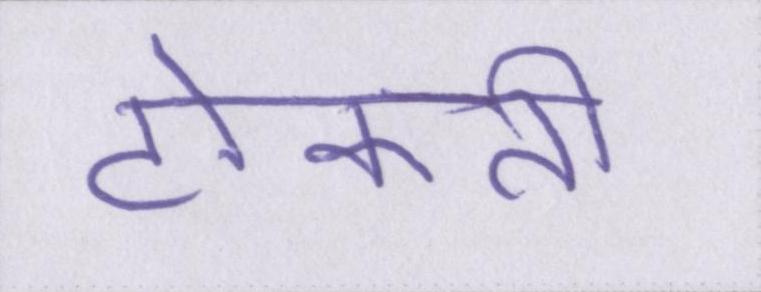
टोकती